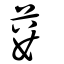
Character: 蔞